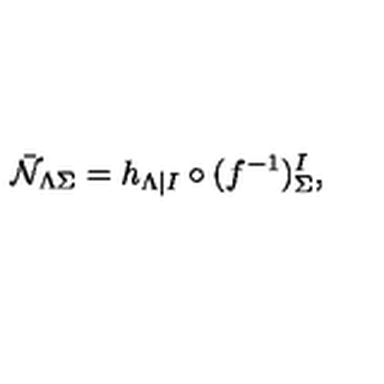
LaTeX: \bar { \cal N } _ { \Lambda \Sigma } = h _ { \Lambda | I } \circ ( f ^ { - 1 } ) _ { \Sigma } ^ { I } ,